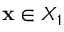
\mathbf { x } \in X _ { 1 }